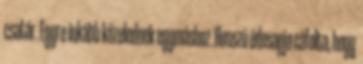
csatár. Egyre inkább közelednek egymáshoz. Hosszú édesapja cáfolta, hogy